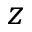
z